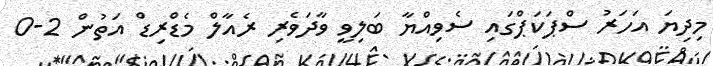
މިދިޔަ އަހަރު ސްޕަކަޕްގައި ސެވިއްޔާ ބަލިވީ ވާދަވެރި ރެއާލް މެޑްރިޑް އަތުން 2-0